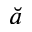
\breve { a }